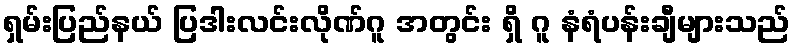
ရှမ်းပြည်နယ် ပြဒါးလင်းလိုဏ်ဂူ အတွင်း ရှိ ဂူ နံရံပန်းချီများသည်